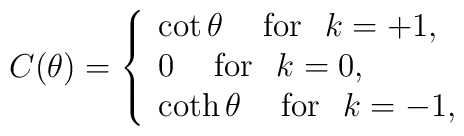
C(\theta )=\left\{ \begin{array}{l}\cot {\theta }\hspace{0.5cm}{\rm for}\hspace{0.3cm}k=+1, \\ 0\hspace{0.5cm}{\rm for}\hspace{0.3cm}k=0, \\ \coth {\theta }\hspace{0.5cm}{\rm for}\hspace{0.3cm}k=-1,\end{array}\right. \